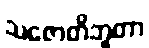
သဇောတိဘူတာ